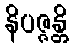
နိပဇ္ဇန္တိ